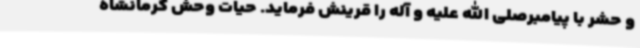
و حشر با پیامبرصلی الله علیه و آله را قرینش فرماید. حیات وحش کرمانشاه